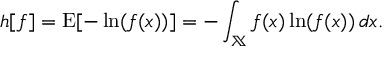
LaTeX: h [ f ] = \operatorname { E } [ - \ln ( f ( x ) ) ] = - \int _ { \mathbb { X } } f ( x ) \ln ( f ( x ) ) \, d x .